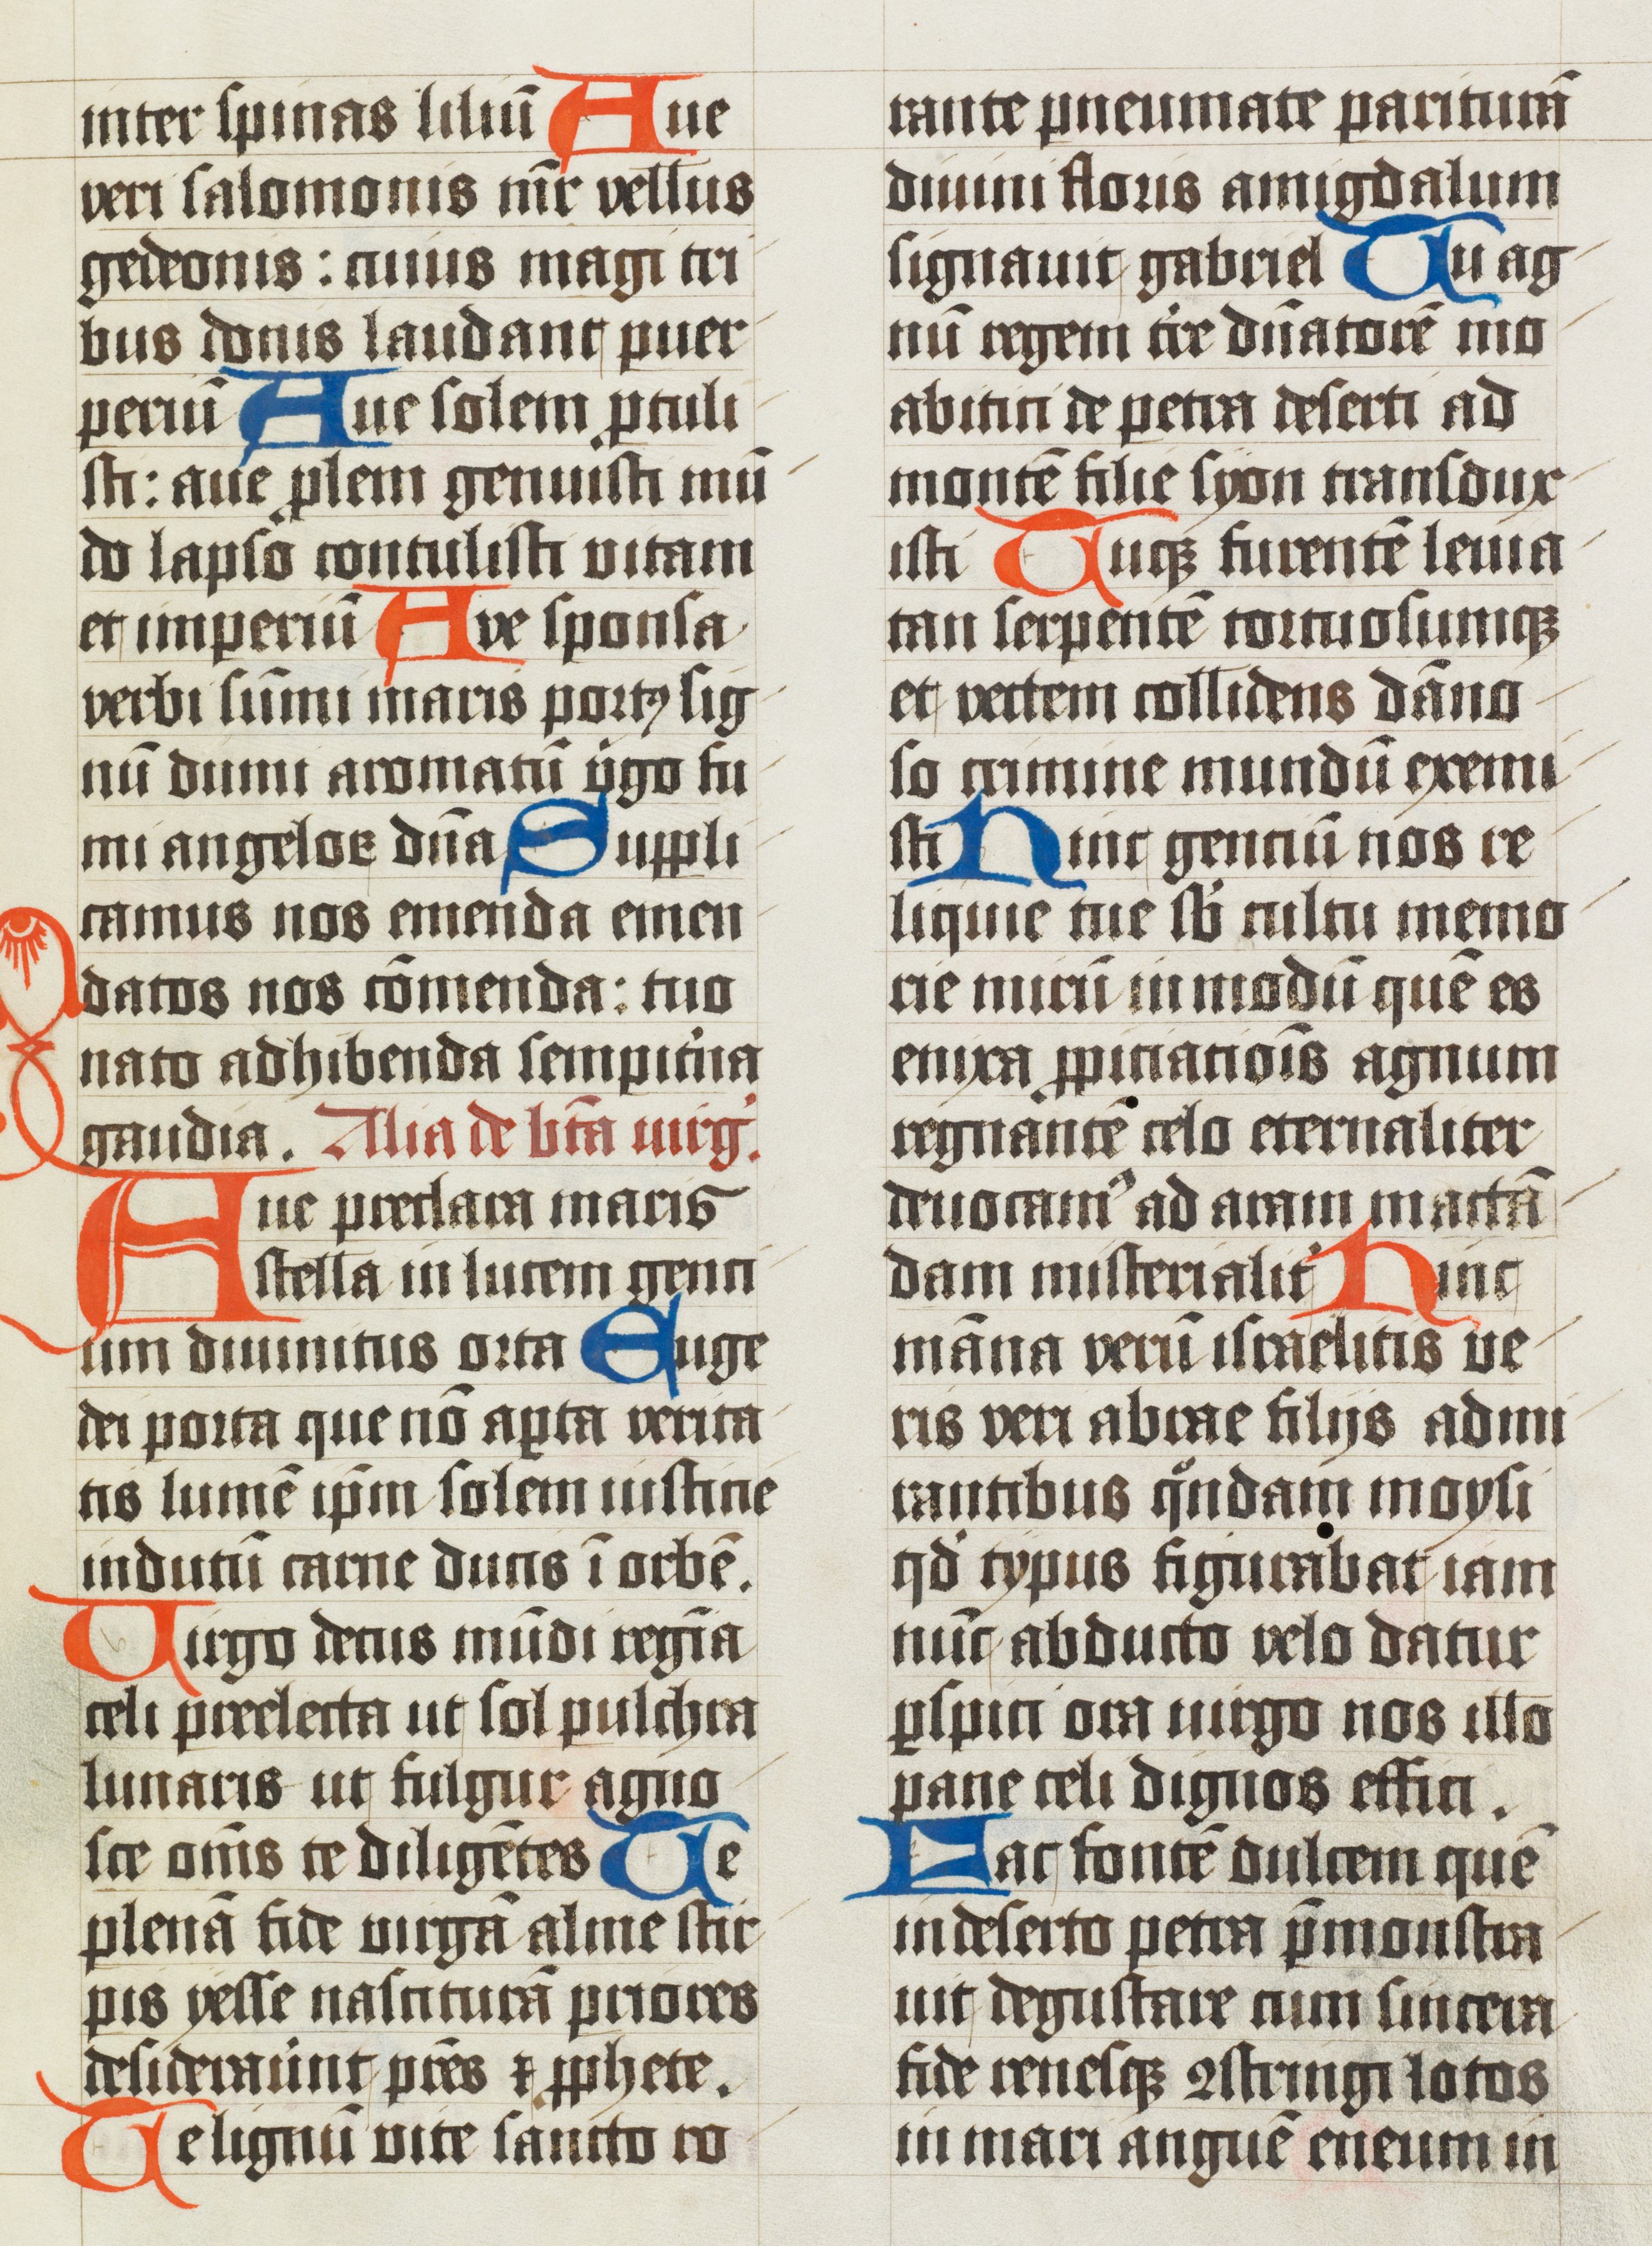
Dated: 1502–1527